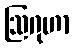
ဩဂုဟာ